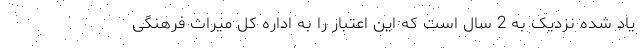
یاد شده نزدیک به 2 سال است که این اعتبار را به اداره کل میراث فرهنگی